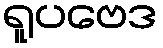
ရူပဗေဒ